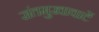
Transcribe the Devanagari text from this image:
संतमुखावाटें